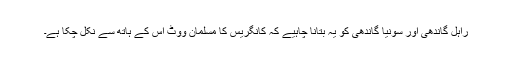
راہل گاندھی اور سونیا گاندھی کو یہ بتانا چاہیے کہ کانگریس کا مسلمان ووٹ اس کے ہاتھ سے نکل چکا ہے۔